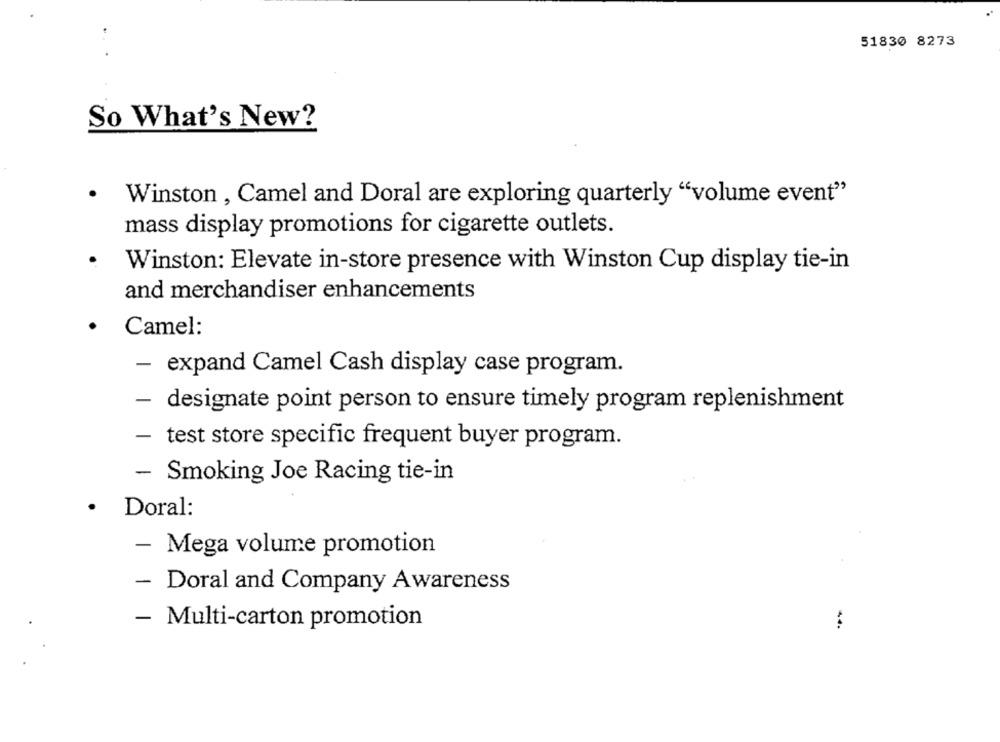
51830 8273
So What's New?
Winston , Camel and Doral are exploring quarterly "volume event"
.
mass display promotions for cigarette outlets.
Winston: Elevate in-store presence with Winston Cup display tie-in
and merchandiser enhancements
Camel:
- expand Camel Cash display case program.
- designate point person to ensure timely program replenishment
- test store specific frequent buyer program.
- Smoking Joe Racing tie-in
.
Doral:
Mega volume promotion
- Doral and Company Awareness
- Multi-carton promotion